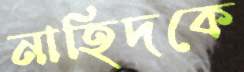
নাহিদকে